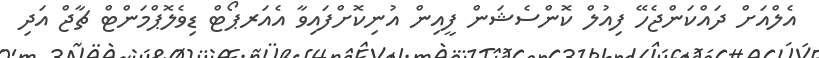
އެލްއަށް ދައްކަންޖެހޭ ފިއުލް ކޮންސެޝަން ފީއިން އުނިކޮށްފައިވާ އެއަރޕޯޓް ޑިވެލޮޕްމަންޓް ޗާޖް އަދި